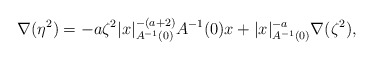
\begin{align*}\nabla (\eta^2) = - a \zeta^2 |x|_{A^{-1}(0)}^{-(a+2)} A^{-1}(0) x + |x|_{A^{-1}(0)}^{-a} \nabla (\zeta^2),\end{align*}